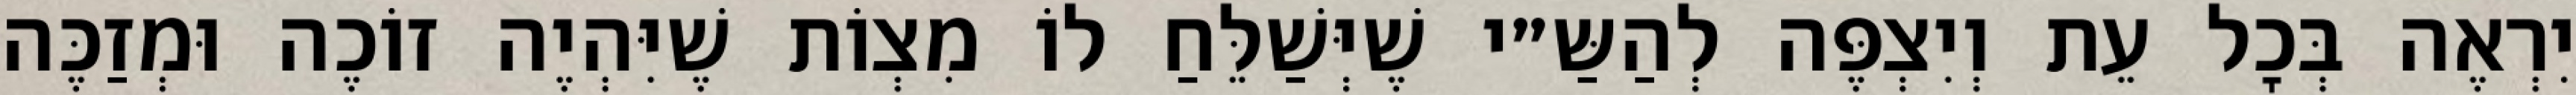
יִרְאֶה בְּכׇל עֵת וְיִצְפֶּה לְהַשַּ״י שֶׁיְּשַׁלֵּחַ לוֹ מִצְוֹת שֶׁיִּהְיֶה זוֹכֶה וּמְזַכֶּה